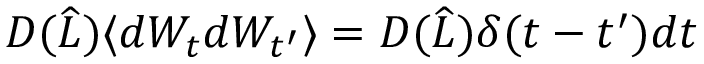
D ( \widehat { L } ) \langle d W _ { t } d W _ { t ^ { \prime } } \rangle = D ( \widehat { L } ) \delta ( t - t ^ { \prime } ) d t